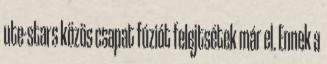
ute-stars közös csapat fúziót felejtsétek már el. Ennek a